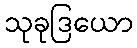
သုခုဒြယော